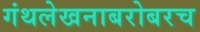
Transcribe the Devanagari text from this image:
गंथलेखनाबरोबरच